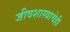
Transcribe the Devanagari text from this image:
जीवशास्त्राचेही